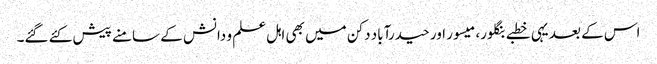
اس کے بعد یہی خطبے بنگلور، میسور اور حیدرآباد دکن میں بھی اہل علم و دانش کے سامنے پیش کئے گئے۔